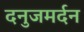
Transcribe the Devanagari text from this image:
दनुजमर्दन